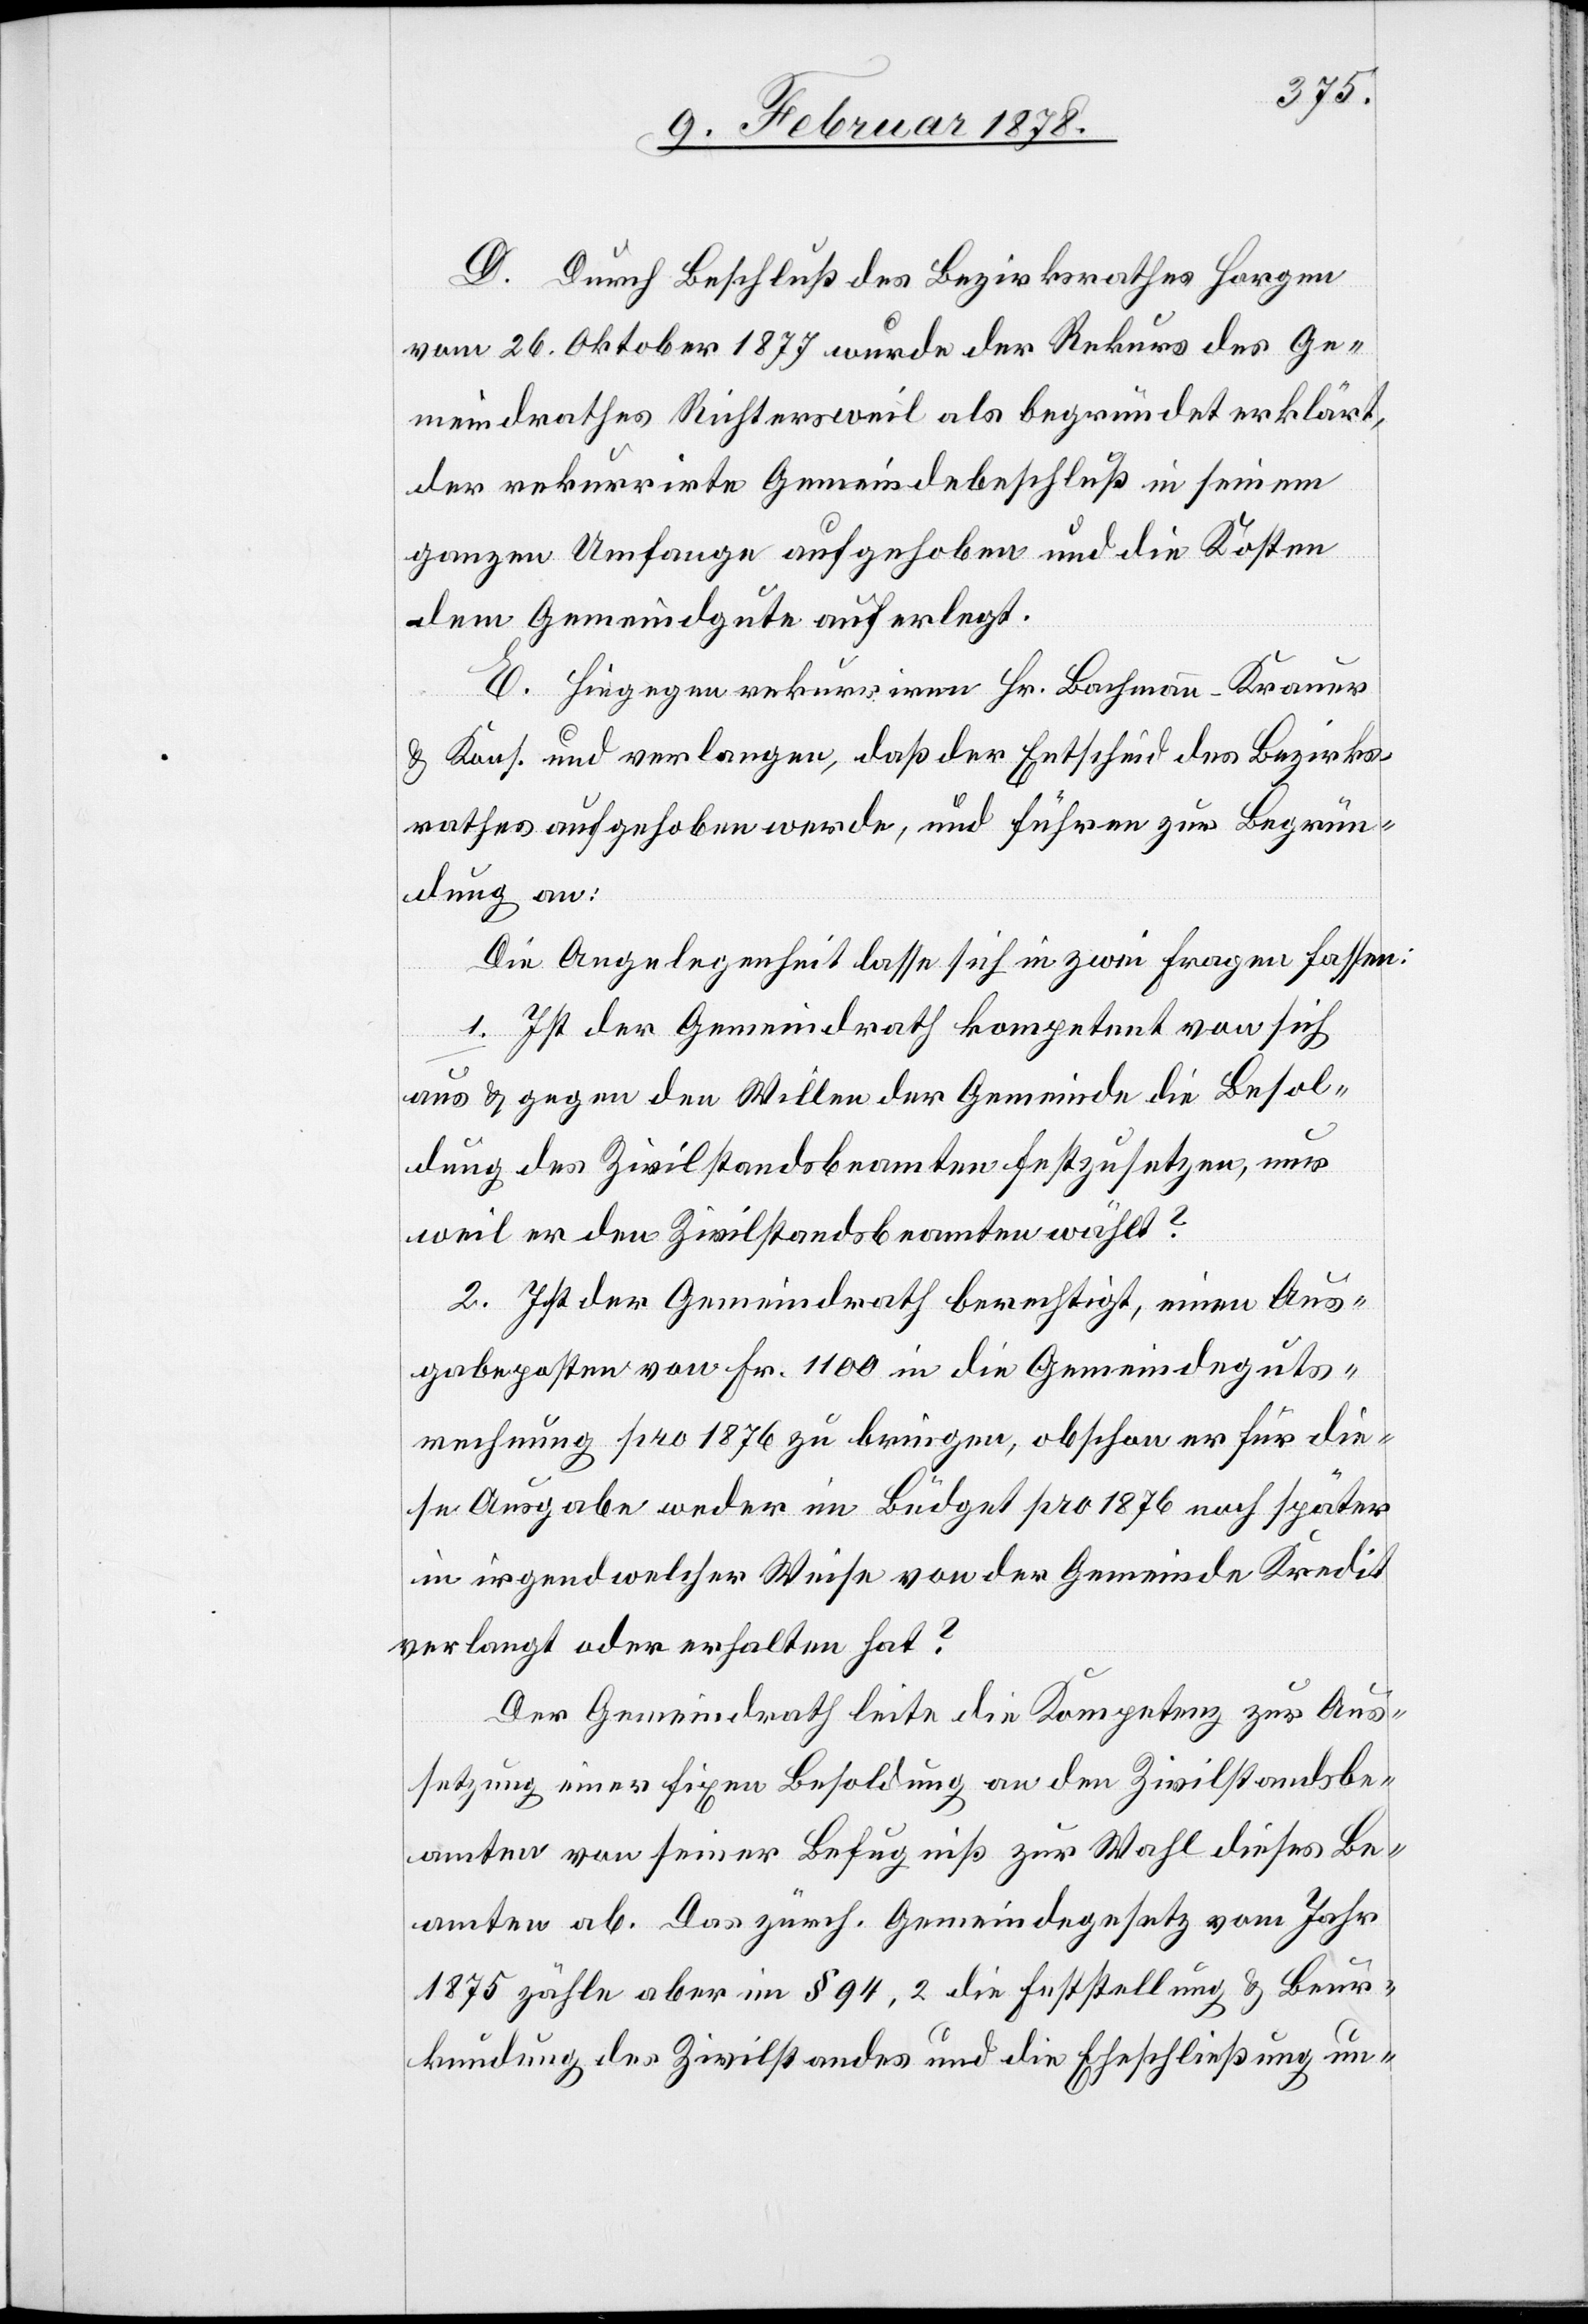
D. Durch Beschluß des Bezirksrathes Horgen
vom 26. Oktober 1877 wurde der Rekurs des Ge¬
meindrathes Richtersweil als begründet erklärt,
der rekurrirte Gemeindebeschluß in seinem
ganzen Umfange aufgehoben und die Kosten
dem Gemeindgute auferlegt.
E. Hiegegen rekurriren Hr. Bachmann-Krauer
& Kons. und verlangen, daß der Entscheid des Bezirks¬
rathes aufgehoben werde, und führen zur Begrün¬
dung an:
Die Angelegenheit lasse sich in zwei Fragen fassen:
1. Ist der Gemeindrath kompetent von sich
aus & gegen den Willen der Gemeinde die Besol¬
dung des Zivilstandsbeamten festzusetzen, nur
weil er den Zivilstandsbeamten wählt?
2. Ist der Gemeindrath berechtigt, einen Aus¬
gabeposten von Fr. 1100 in die Gemeindeguts¬
rechnung pro 1876 zu bringen, obschon er für die¬
se Ausgabe weder im Büdget pro 1876 noch später
in irgendwelcher Weise von der Gemeinde Kredit
verlangt oder erhalten hat?
Der Gemeindrath leite die Kompetenz zur Aus¬
setzung einer fixen Besoldung an den Zivilstandsbe¬
amten von seiner Befugniß zur Wahl dieses Be¬
amten ab. Das zürch. Gemeindegesetz vom Jahr
1875 zähle aber im § 94,2 die Feststellung & Beur¬
kundung des Zivilstandes und die Eheschließung un-